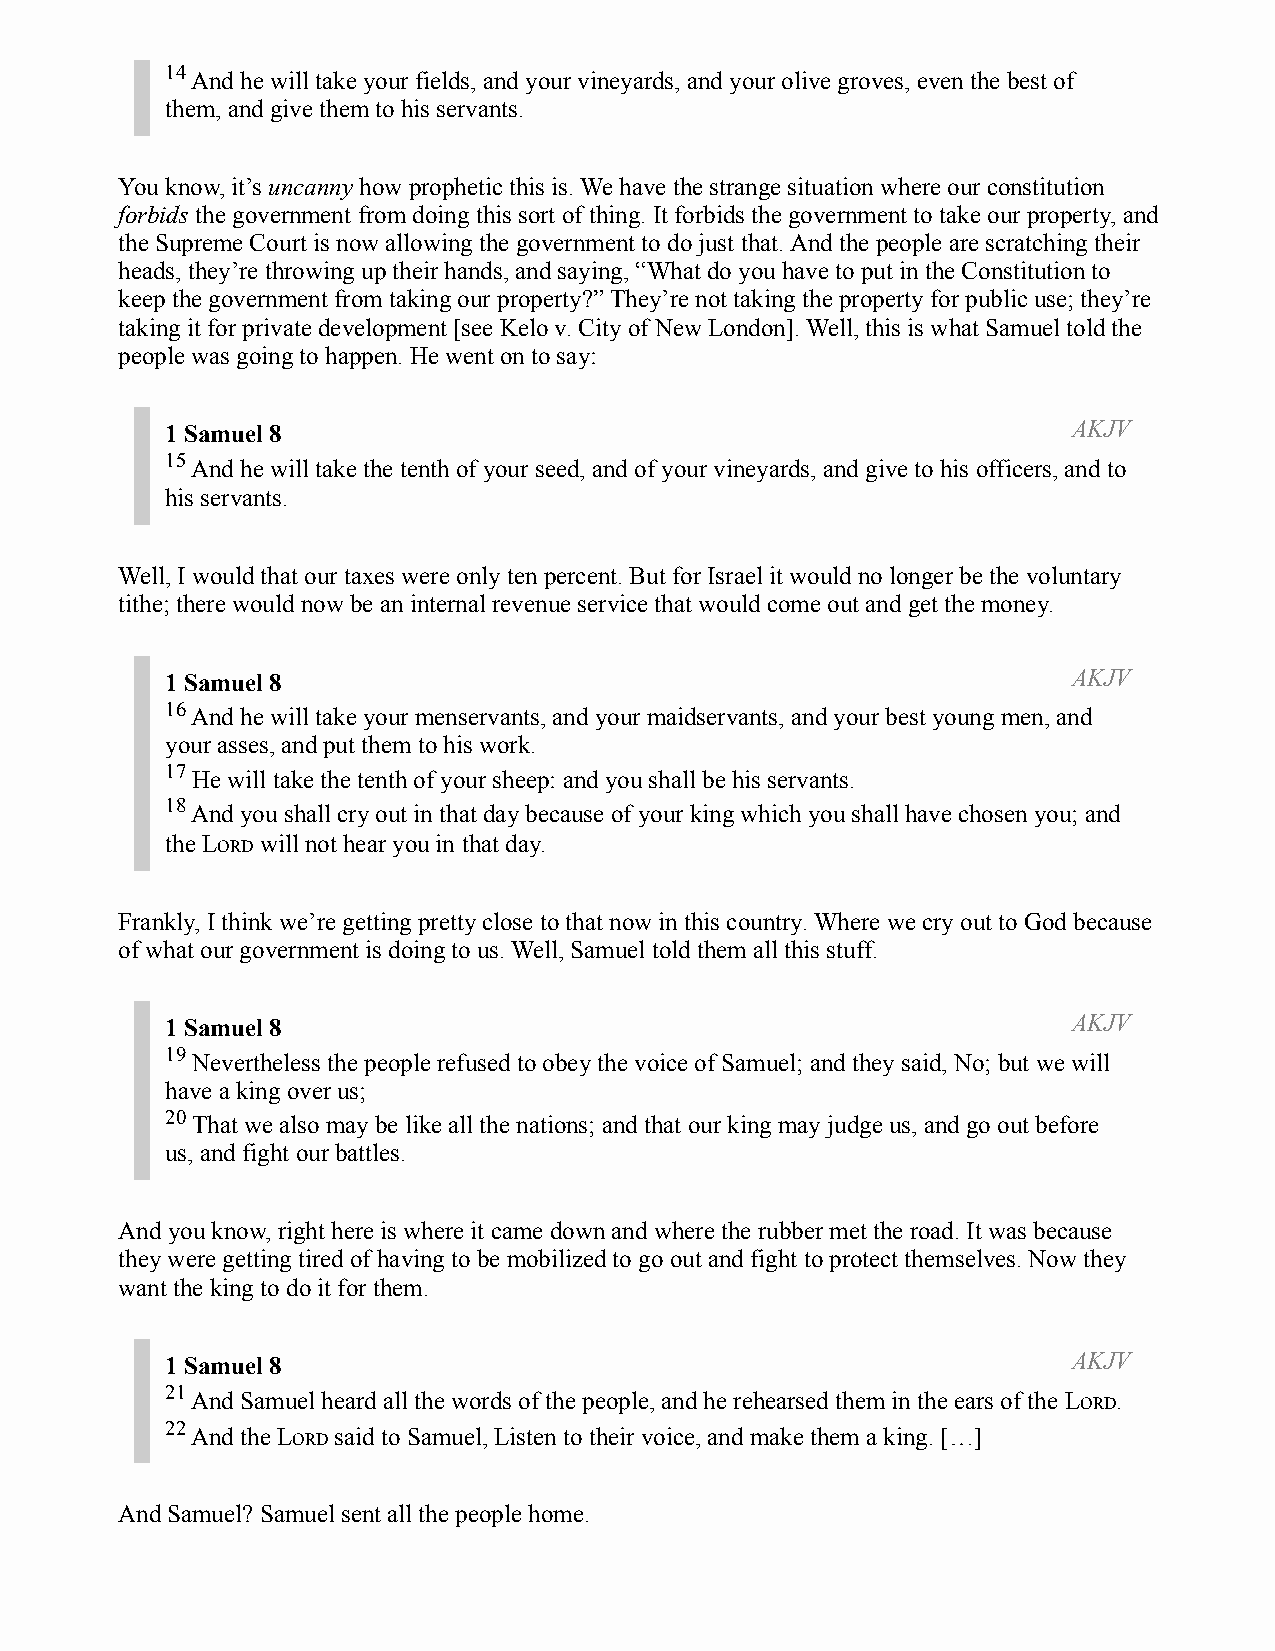
14
 And he will take your fields, and your vineyards, and your olive groves, even the best of
 them, and give them to his servants.
 You know, it’s uncanny how prophetic this is. We have the strange situation where our constitution
 forbids the government from doing this sort of thing. It forbids the government to take our property, and
 the Supreme Court is now allowing the government to do just that. And the people are scratching their
 heads, they’re throwing up their hands, and saying, “What do you have to put in the Constitution to
 keep the government from taking our property?” They’re not taking the property for public use; they’re
 taking it for private development [see Kelo v. City of New London]. Well, this is what Samuel told the
 people was going to happen. He went on to say:
 1 Samuel 8                                                  AKJV
 15
 And he will take the tenth of your seed, and of your vineyards, and give to his officers, and to
 his servants.
 Well, I would that our taxes were only ten percent. But for Israel it would no longer be the voluntary
 tithe; there would now be an internal revenue service that would come out and get the money.
 1 Samuel 8                                                  AKJV
 16
 And he will take your menservants, and your maidservants, and your best young men, and
 your asses, and put them to his work.
 17
 He will take the tenth of your sheep: and you shall be his servants.
 18
 And you shall cry out in that day because of your king which you shall have chosen you; and
 the LORD will not hear you in that day.
 Frankly, I think we’re getting pretty close to that now in this country. Where we cry out to God because
 of what our government is doing to us. Well, Samuel told them all this stuff.
 1 Samuel 8                                                  AKJV
 19
 Nevertheless the people refused to obey the voice of Samuel; and they said, No; but we will
 have a king over us;
 20
 That we also may be like all the nations; and that our king may judge us, and go out before
 us, and fight our battles.
 And you know, right here is where it came down and where the rubber met the road. It was because
 they were getting tired of having to be mobilized to go out and fight to protect themselves. Now they
 want the king to do it for them.
 1 Samuel 8                                                  AKJV
 21
 And Samuel heard all the words of the people, and he rehearsed them in the ears of the LORD.
 22
 And the LORD said to Samuel, Listen to their voice, and make them a king. […]
 And Samuel? Samuel sent all the people home.